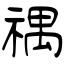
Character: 禑